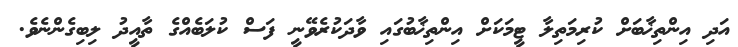
އަދި އިންތިޚާބަށް ކުރިމަތިލާ ޓީމަކަށް އިންތިޚާބުގައި ވާދަކުރެވޭނީ ފަސް ކުލަބެއްގެ ތާއީދު ލިބިގެންނެވެ.